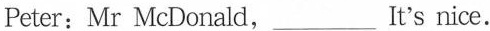
Peter:Mr McDonald,___ It's nice.